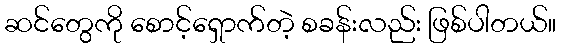
ဆင်တွေကို စောင့်ရှောက်တဲ့ စခန်းလည်း ဖြစ်ပါတယ်။